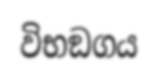
විභඞගය